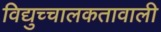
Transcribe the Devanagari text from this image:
विद्युच्चालकतावाली